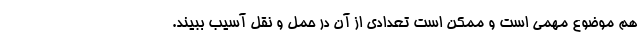
هم موضوع مهمی است و ممکن است تعدادی از آن در حمل و نقل آسیب ببیند.